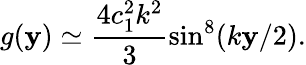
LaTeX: g(\mathbf{y})\simeq\frac{{4c_{1}^{2}k^{2}}}{{3}}\sin^{8}(k\mathbf{y}/2).